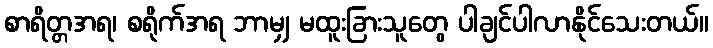
စာရိတ္တအရ၊ စရိုက်အရ ဘာမျှ မထူးခြားသူတွေ ပါချင်ပါလာနိုင်သေးတယ်။